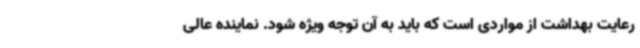
رعایت بهداشت از مواردی است که باید به آن توجه ویژه شود. نماینده عالی